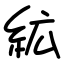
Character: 絋